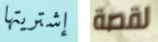
إشتريتها لقصة